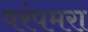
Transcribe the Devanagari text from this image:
परंपमरा